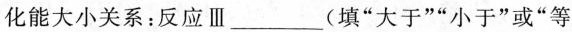
化能大小关系：反应Ⅲ___(填”大于””小于”或“等